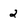
Character: 2